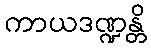
ကာယဒဏ္ဍန္တိ